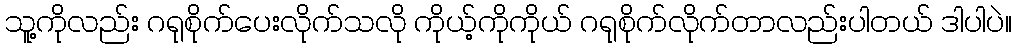
သူ့ကိုလည်း ဂရုစိုက်ပေးလိုက်သလို ကိုယ့်ကိုကိုယ် ဂရုစိုက်လိုက်တာလည်းပါတယ် ဒါပါပဲ။